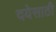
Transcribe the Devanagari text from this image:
दयेसाठी